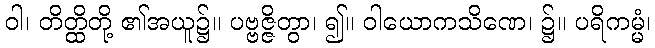
ဝါ၊ တိတ္ထိတို့ ၏အယူ၌။ ပဗ္ဗဇ္ဇိတွာ၊ ၍။ ဝါယောကသိဏေ၊ ၌။ ပရိကမ္မံ၊